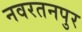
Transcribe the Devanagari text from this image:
नवरतनपुर